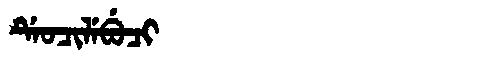
Manchu: ᡩᡝᠣᠴᡳᠯᡝᠪᡠᠴᡳ
Romanization: DEOCILEBUCI